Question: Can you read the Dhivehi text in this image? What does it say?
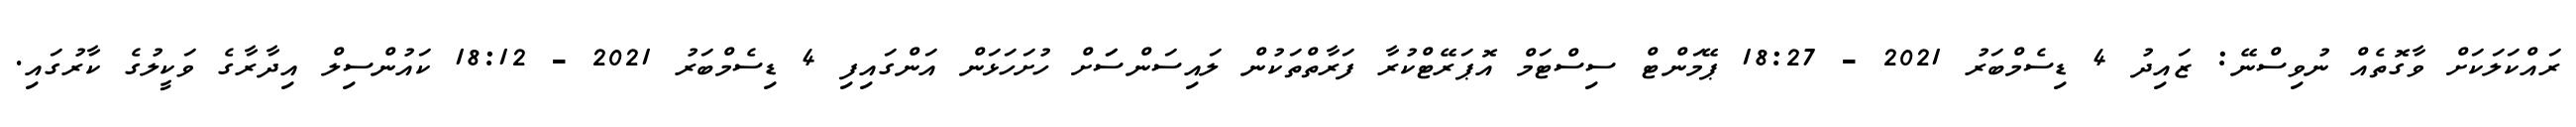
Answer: ރައްކަލަކަށް ވާގޮތެއް ނުވިސްނޭ: ޒައިދު 4 ޑިސެމްބަރު 2021 - 18:27 ޕޭމަންޓް ސިސްޓަމް އޮޕަރޭޓްކުރާ ފަރާތްތަކުން ލައިސަންސަަށް ހުށަހަޅަން އަންގައިފި 4 ޑިސެމްބަރު 2021 - 18:12 ކައުންސިލް އިދާރާގެ ވަކީލުގެ ކާރުގައި.